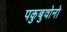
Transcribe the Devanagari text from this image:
पकुबुवोनो